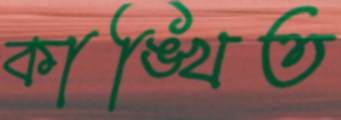
কাঙ্খিত